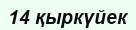
14 қыркүйек